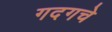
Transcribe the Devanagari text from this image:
गदगचे